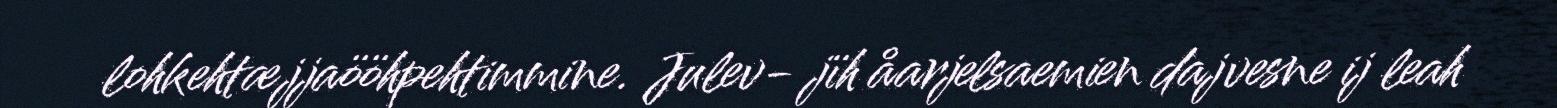
lohkehtæjjaööhpehtimmine. Julev- jïh åarjelsaemien dajvesne ij leah